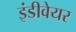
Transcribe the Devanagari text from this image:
इंडीवेयर